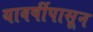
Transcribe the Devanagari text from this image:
यावर्षीपासून